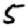
Digit: 5